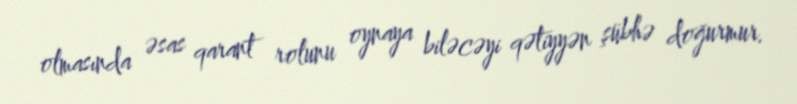
olmasında əsas qarant rolunu oynaya biləcəyi qətiyyən şübhə doğurmur.